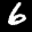
Label: 6